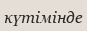
күтімінде